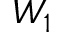
W _ { 1 }